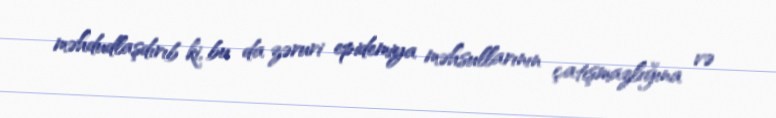
məhdudlaşdırıb ki, bu da zəruri epidemiya məhsullarının çatışmazlığına və